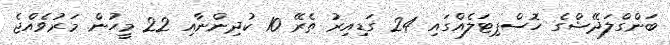
ބަންގްލަދޭޝްގެ ހޮސްޕިޓަލެއްގައި 24 ގަޑިއިރު ތެރޭ 10 ކުދިންނާއި 22 މީހުން މަރުވެއްޖެ